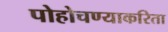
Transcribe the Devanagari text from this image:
पोहोचण्याकरिता